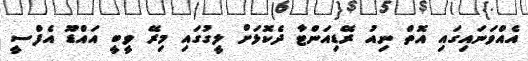
އެއްވަނައިގައި އޮތް ނިއު ރޭޑިއަންޓާ ދެކޮޅަށް ލީގުގައި މިރޭ ވީބީ އައްޑޫ އެފްސީ